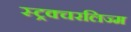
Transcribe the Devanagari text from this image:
स्ट्रक्चरलिज्म